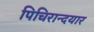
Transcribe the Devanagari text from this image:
पिचिरान्दयार